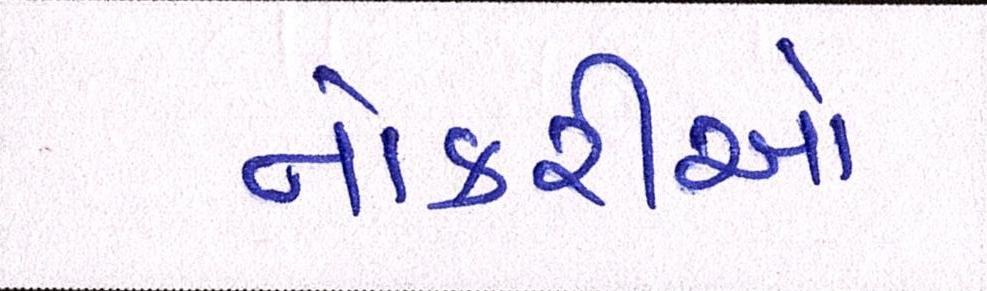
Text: નોકરીઓ